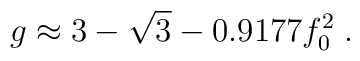
g \approx  3-\sqrt 3 - 0.9177 f_{0}^2 \; .